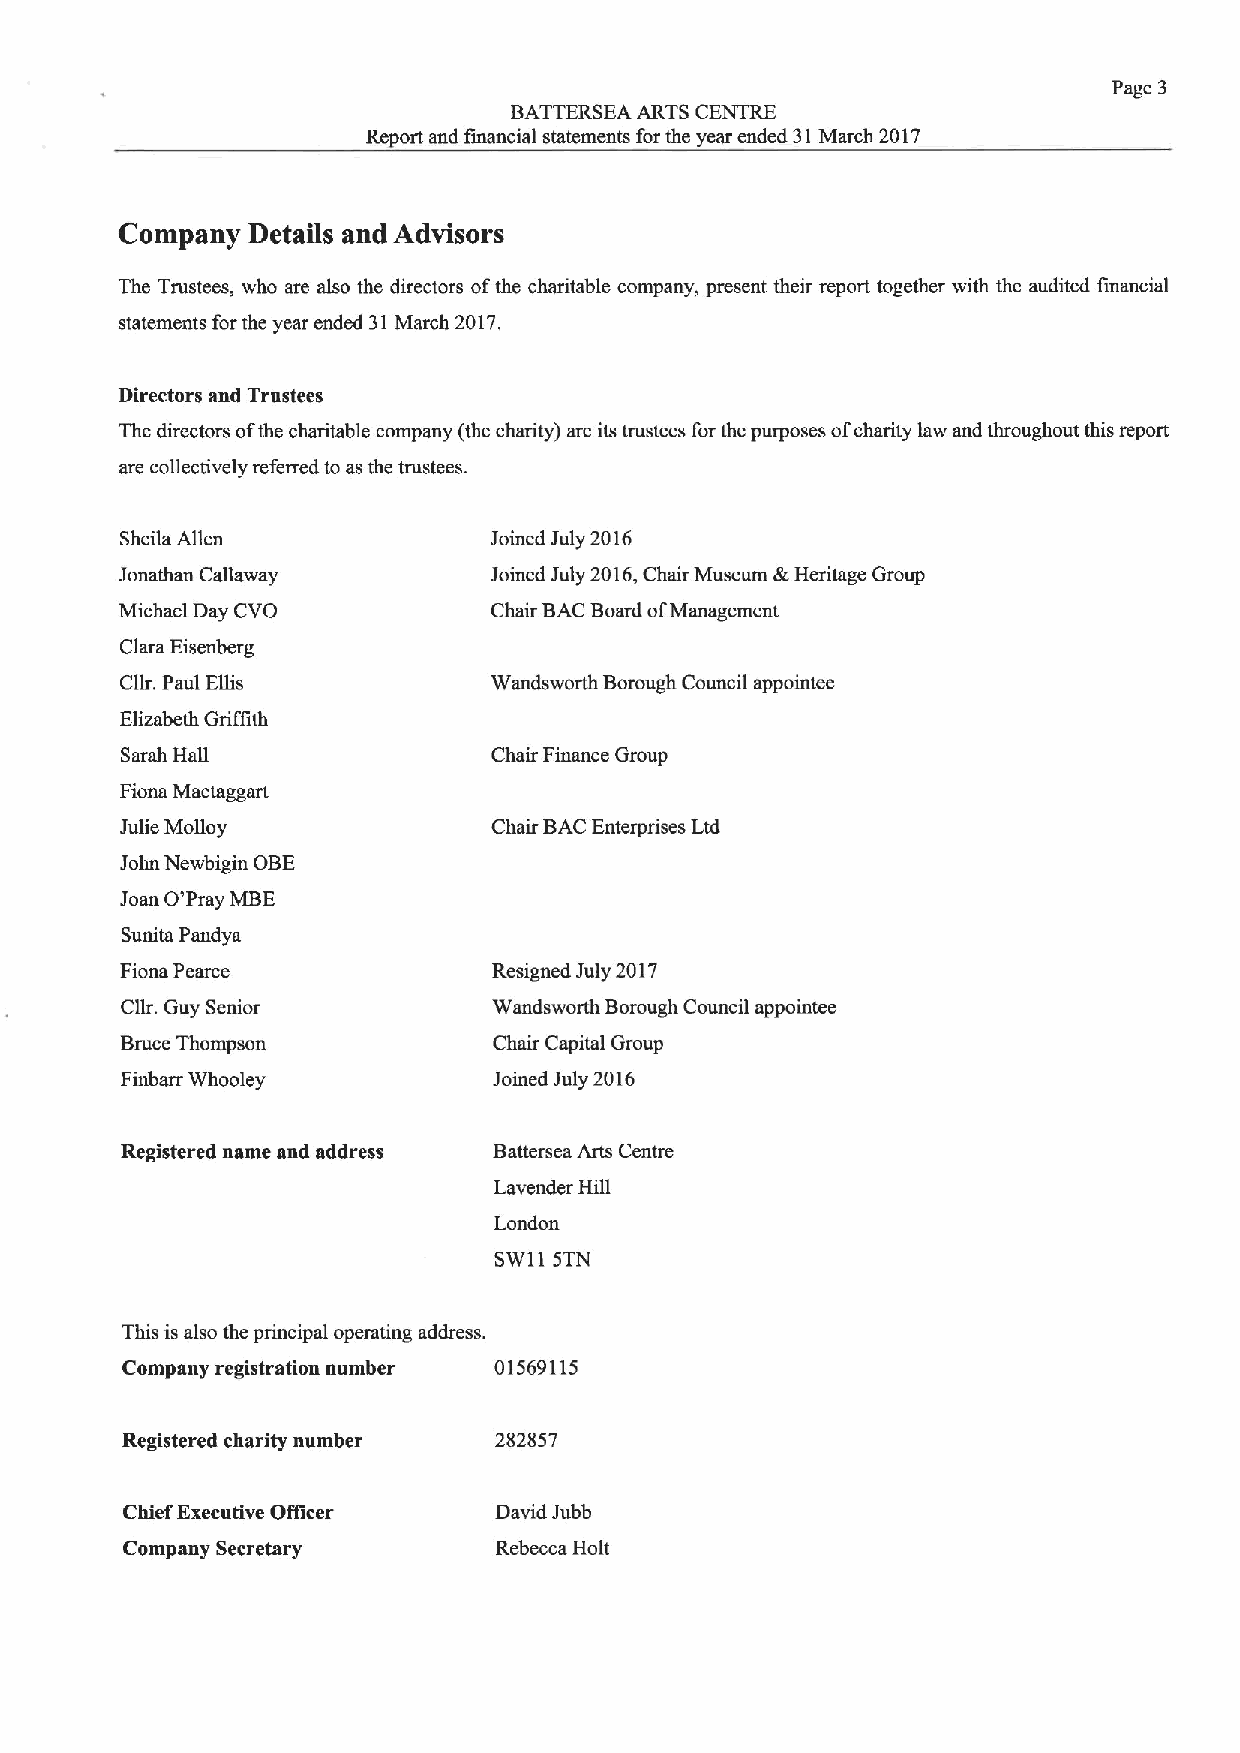
Page 3
 BATTERSEA ARTS CENTRE
 Report and financial statements for the year ended 31March 2017
 Company Details and Advisors
 The Trustees, who are also the directors ofthe charitable company, present their report together with the audited financial
 statements forthe year ended 31March 2017.
 Directors and Trustees
 The directors ofthe charitable company (the charity) are its trustees for the purposes ofcharity law and throughout this report
 are collectively referred to as the trustees.
 Sheila Allen            Joined July 2016
 Jonathan Callaway       Joined July 2016,Chair Museum &Heritage Group
 Michael Day CVO         Chair BACBoard ofManagement
 Clara Eisenberg
 Cllr. Paul Ellis        Wandsworth Borough Council appointee
 Elizabeth Griffith
 Sarah Hall               Chair Finance Group
 Fiona Mactaggart
 Julie Molloy             Chair BACEnterprises Ltd
 John Newbigin OBE
 Joan O'Pray MBE
 Sunita Pandya
 Fiona Pearce             Resigned July 2017
 Cllr. Guy Senior         Wandsworth Borough Council appointee
 Bruce Thompson           Chair Capital Group
 Finbarr Whooley          Joined July 2016
 Registered name and address Battersea Arts Centre
 Lavender Hill
 London
 SW115TN
 This is also the principal operating address.
 Company registration number 01569115
 Registered charity number 282857
 Chief Executive Officer  David Jubb
 Company Secretary        Rebecca Holt